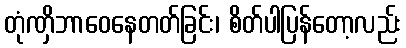
တုံဏှိဘာဝေနေတတ်ခြင်း၊ စိတ်ပါပြန်တော့လည်း